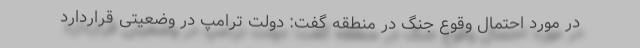
در مورد احتمال وقوع جنگ در منطقه گفت: دولت ترامپ در وضعیتی قراردارد